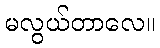
မလွယ်တာလေ။